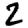
Digit: 2